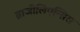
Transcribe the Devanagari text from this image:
ब्राजीलिएन्सिस